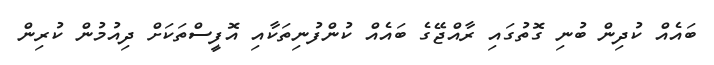
ބައެއް ކުދިން ބުނި ގޮތުގައި ރާއްޖޭގެ ބައެއް ކުންފުނިތަކާއި އޮފީސްތަކަށް ދިއުމުން ކުރިން